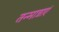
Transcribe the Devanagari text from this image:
तन्मात्राएं